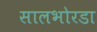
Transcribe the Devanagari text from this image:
सालभोरडा